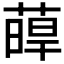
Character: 𦸋